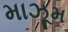
માઝૂમ